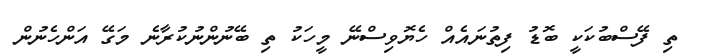
ތި ފޭސްބުކަކީ ބޮޑު ފިތުނައެއް ހެޔޮވިސްނޭ މީހަކު ތި ބޭނުންނުކުރާނެ މަގޭ އަންހެނުން